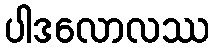
ပါဒလောလဿ